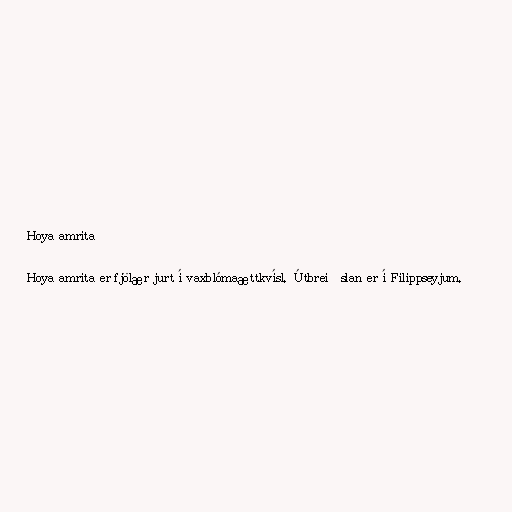
Hoya amrita

Hoya amrita er fjölær jurt í vaxblómaættkvísl. Útbreiðslan er í Filippseyjum.